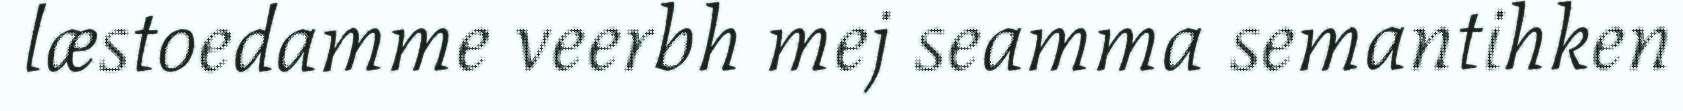
læstoedamme veerbh mej seamma semantihken